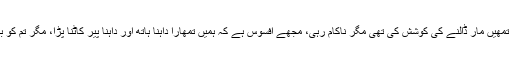
’اس نے اپنے آپ کو اڑا کے تمھیں مار ڈالنے کی کوشش کی تھی مگر ناکام رہی، مجھے افسوس ہے کہ ہمیں تمھارا داہنا ہاتھ اور داہنا پیر کاٹنا پڑا، مگر تم کو بچانے میں کامیاب ہو گئے ‘۔